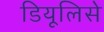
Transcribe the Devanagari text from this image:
डियूलिसे